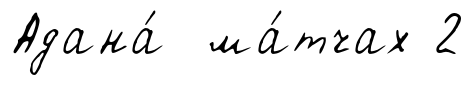
Адана́ ма́тчах 2